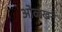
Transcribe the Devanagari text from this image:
ओळखने